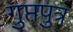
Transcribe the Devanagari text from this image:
गुप्तपुत्र